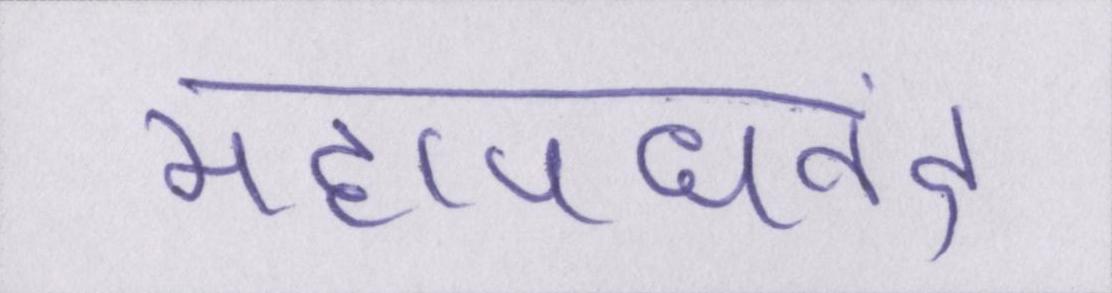
महापद्यनंद